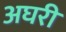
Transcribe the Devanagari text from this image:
अघरी